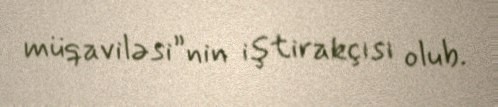
müqaviləsi”nin iştirakçısı olub.